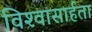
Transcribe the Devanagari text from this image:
विश्‍वासार्हता